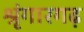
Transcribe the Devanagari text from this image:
श्रृंगारगढ़